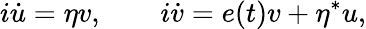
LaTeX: i\dot{u}=\eta v,\quad\quad i\dot{v}=e(t)v+\eta^{*}u,